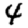
Digit: 4